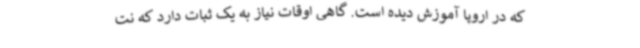
که در اروپا آموزش دیده است. گاهی اوقات نیاز به یک ثبات دارد که نت